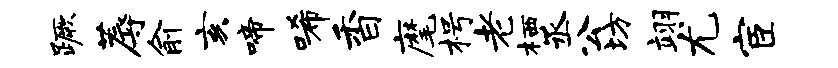
蹶蓐俞亥啼唏香麾枵老栖丞公坊翊尤宦